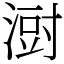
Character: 㴻